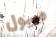
ميول